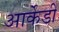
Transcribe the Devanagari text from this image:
आर्केडी